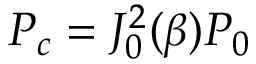
P _ { c } = J _ { 0 } ^ { 2 } ( \beta ) P _ { 0 }